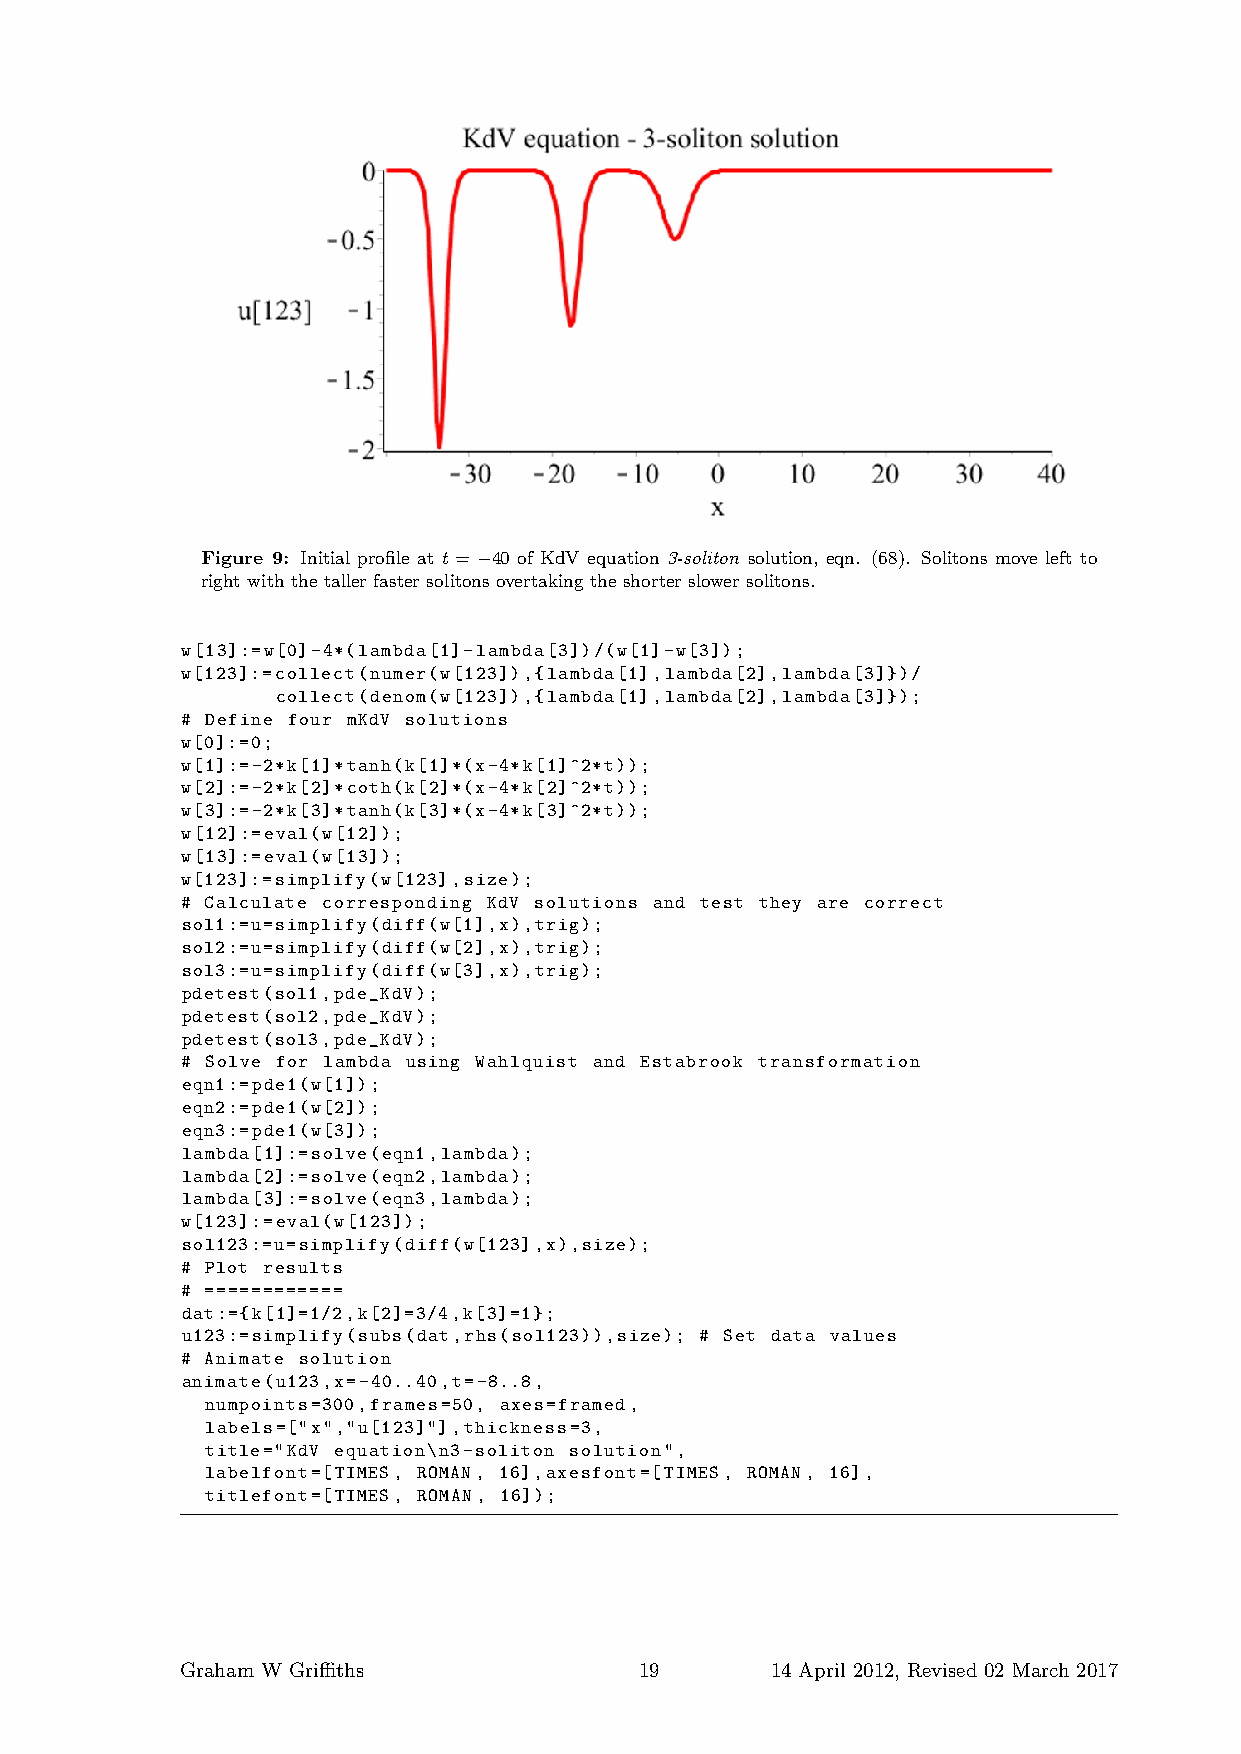
Figure 9: Initial profile at t = −40 of KdV equation 3-soliton solution, eqn. (68). Solitons move left to
 right with the taller faster solitons overtaking the shorter slower solitons.
 w[13]:=w[0]-4*(lambda[1]-lambda[3])/(w[1]-w[3]);
 w[123]:=collect(numer(w[123]),{lambda[1],lambda[2],lambda[3]})/
 collect(denom(w[123]),{lambda[1],lambda[2],lambda[3]});
 # Define four mKdV solutions
 w[0]:=0;
 w[1]:=-2*k[1]*tanh(k[1]*(x-4*k[1]^2*t));
 w[2]:=-2*k[2]*coth(k[2]*(x-4*k[2]^2*t));
 w[3]:=-2*k[3]*tanh(k[3]*(x-4*k[3]^2*t));
 w[12]:=eval(w[12]);
 w[13]:=eval(w[13]);
 w[123]:=simplify(w[123],size);
 # Calculate corresponding KdV solutions and test they are correct
 sol1:=u=simplify(diff(w[1],x),trig);
 sol2:=u=simplify(diff(w[2],x),trig);
 sol3:=u=simplify(diff(w[3],x),trig);
 pdetest(sol1,pde_KdV);
 pdetest(sol2,pde_KdV);
 pdetest(sol3,pde_KdV);
 # Solve for lambda using Wahlquist and Estabrook transformation
 eqn1:=pde1(w[1]);
 eqn2:=pde1(w[2]);
 eqn3:=pde1(w[3]);
 lambda[1]:=solve(eqn1,lambda);
 lambda[2]:=solve(eqn2,lambda);
 lambda[3]:=solve(eqn3,lambda);
 w[123]:=eval(w[123]);
 sol123:=u=simplify(diff(w[123],x),size);
 # Plot results
 # ============
 dat:={k[1]=1/2,k[2]=3/4,k[3]=1};
 u123:=simplify(subs(dat,rhs(sol123)),size); # Set data values
 # Animate solution
 animate(u123,x=-40..40,t=-8..8,
 numpoints=300,frames=50, axes=framed,
 labels=["x","u[123]"],thickness=3,
 title="KdV equation\n3-soliton solution",
 labelfont=[TIMES, ROMAN, 16],axesfont=[TIMES, ROMAN, 16],
 titlefont=[TIMES, ROMAN, 16]);
 Graham W Griffiths            19       14 April 2012, Revised 02 March 2017